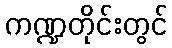
ကဏ္ဍတိုင်းတွင်